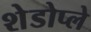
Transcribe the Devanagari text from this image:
शेडोप्ले